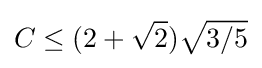
C\leq (2+{\sqrt {2}}){\sqrt {3/5}}